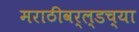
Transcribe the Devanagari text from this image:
मराठीवर्ल्डच्या